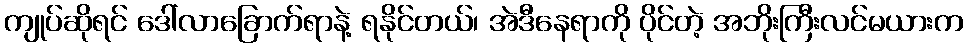
ကျုပ်ဆိုရင် ဒေါ်လာခြောက်ရာနဲ့ ရနိုင်တယ်၊ အဲဒီနေရာကို ပိုင်တဲ့ အဘိုးကြီးလင်မယားက